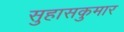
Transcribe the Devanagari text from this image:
सुहासकुमार